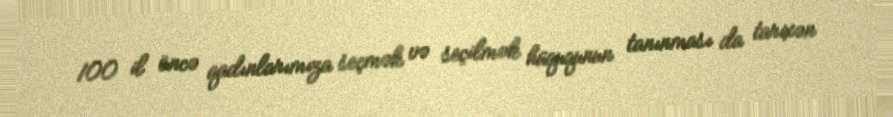
100 il öncə qadınlarımıza seçmək və seçilmək hüququnun tanınması da tarixən